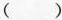
()